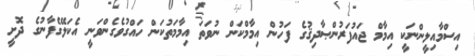
އިސްމާއިލީންނަކީ އިމާމް ޖައުފަރުންޞާދިޤުގެ ފަހުން އިމާމްކަން ނުވަތަ އިމާމަތުކަން ހައްގުވެގެންވަނީ އެކަލޭގެފާނުގެ ދޮށީ